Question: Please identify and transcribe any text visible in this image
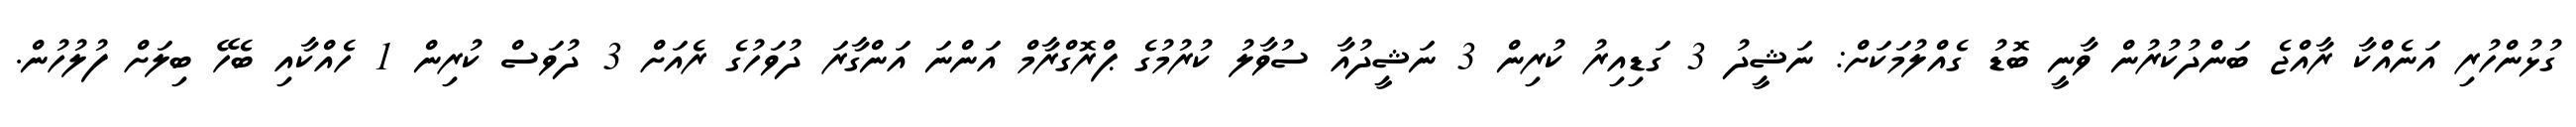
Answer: ގުޅުންހުރި އަނެއްކާ ރާއްޖެ ބަންދުކުރުން ވާނީ ބޮޑު ގެއްލުމަކަށް: ނަޝީދު 3 ގަޑިއިރު ކުރިން 3 ނަޝީދުއާ ސުވާލު ކުރުމުގެ ޕްރޮގްރާމް އަންނަ އަންގާރަ ދުވަހުގެ ރެއަށް 3 ދުވަސް ކުރިން 1 ހެއްކާއި ބެހޭ ބިލަށް ފުލުހުން.